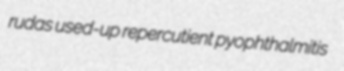
rudas used-up repercutient pyophthalmitis